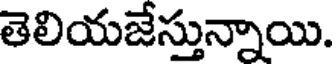
తెలియజేస్తున్నాయి.